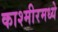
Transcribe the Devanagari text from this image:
काश्‍मीरमध्ये